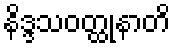
နိဒ္ဒသဝတ္ထုနာတိ